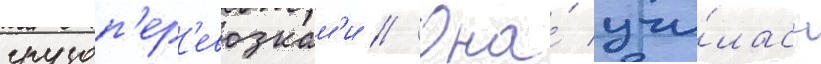
грузоп'ер'евозкам'и // Она́ учи́лась